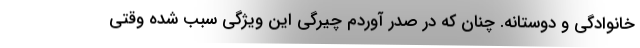
خانوادگی و دوستانه. چنان که در صدر آوردم چیرگی این ویژگی سبب شده وقتی